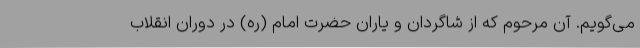
می‌گویم. آن مرحوم که از شاگردان و یاران حضرت امام (ره) در دوران انقلاب